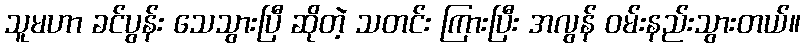
သူမဟာ ခင်ပွန်း သေသွားပြီ ဆိုတဲ့ သတင်း ကြားပြီး အလွန် ဝမ်းနည်းသွားတယ်။